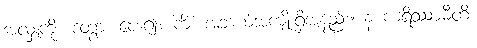
အလှူကို။ ဒတွာ၊ ပေး၍။ ကိံ၊ အဘယ်အကျိုးရှိအံ့နည်း။ န ကရိဿာမီတိ၊